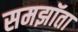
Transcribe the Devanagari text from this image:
समझॉता